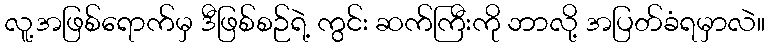
လူ့အဖြစ်ရောက်မှ ဒီဖြစ်စဉ်ရဲ့ ကွင်း ဆက်ကြီးကို ဘာလို့ အပြတ်ခံရမှာလဲ။